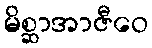
မိစ္ဆာအာဇီဝေ